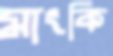
মাংকি